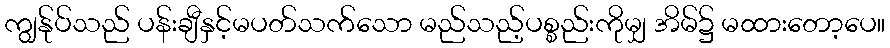
ကျွန်ုပ်သည် ပန်းချီနှင့်မပတ်သက်သော မည်သည့်ပစ္စည်းကိုမျှ အိမ်၌ မထားတော့ပေ။